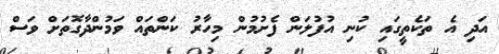
އަދި އެ ތަކެތީގައި ކުނި އުފުލަން ފެށުމުން މިހާރު ކަންތައް ވަމުންދާގޮތަށް ވަސް